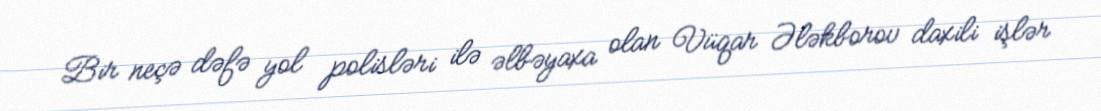
Bir neçə dəfə yol polisləri ilə əlbəyaxa olan Vüqar Ələkborov daxili işlər